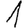
Digit: 1